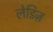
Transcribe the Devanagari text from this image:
लेडिज़